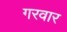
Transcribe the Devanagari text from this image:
गरवार